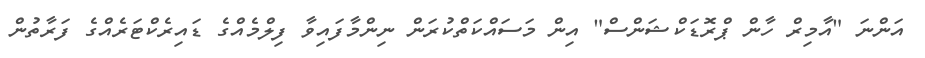
އަންނަ "އާމިރް ހާން ޕްރޮޑަކްޝަންސް" އިން މަސައްކަތްކުރަން ނިންމާފައިވާ ފިލްމެއްގެ ޑައިރެކްޓަރެއްގެ ފަރާތުން